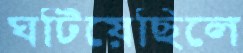
ঘটিয়েছিলে